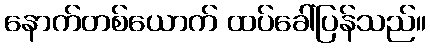
နောက်တစ်ယောက် ထပ်ခေါ်ပြန်သည်။